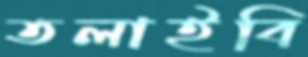
তলাইবি